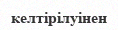
келтірілуінен